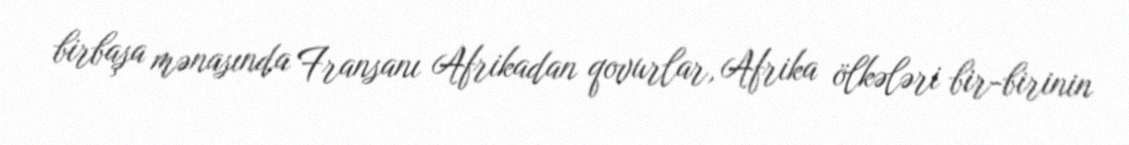
birbaşa mənasında Fransanı Afrikadan qovurlar, Afrika ölkələri bir-birinin